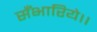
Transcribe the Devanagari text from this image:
सँभारिये।।